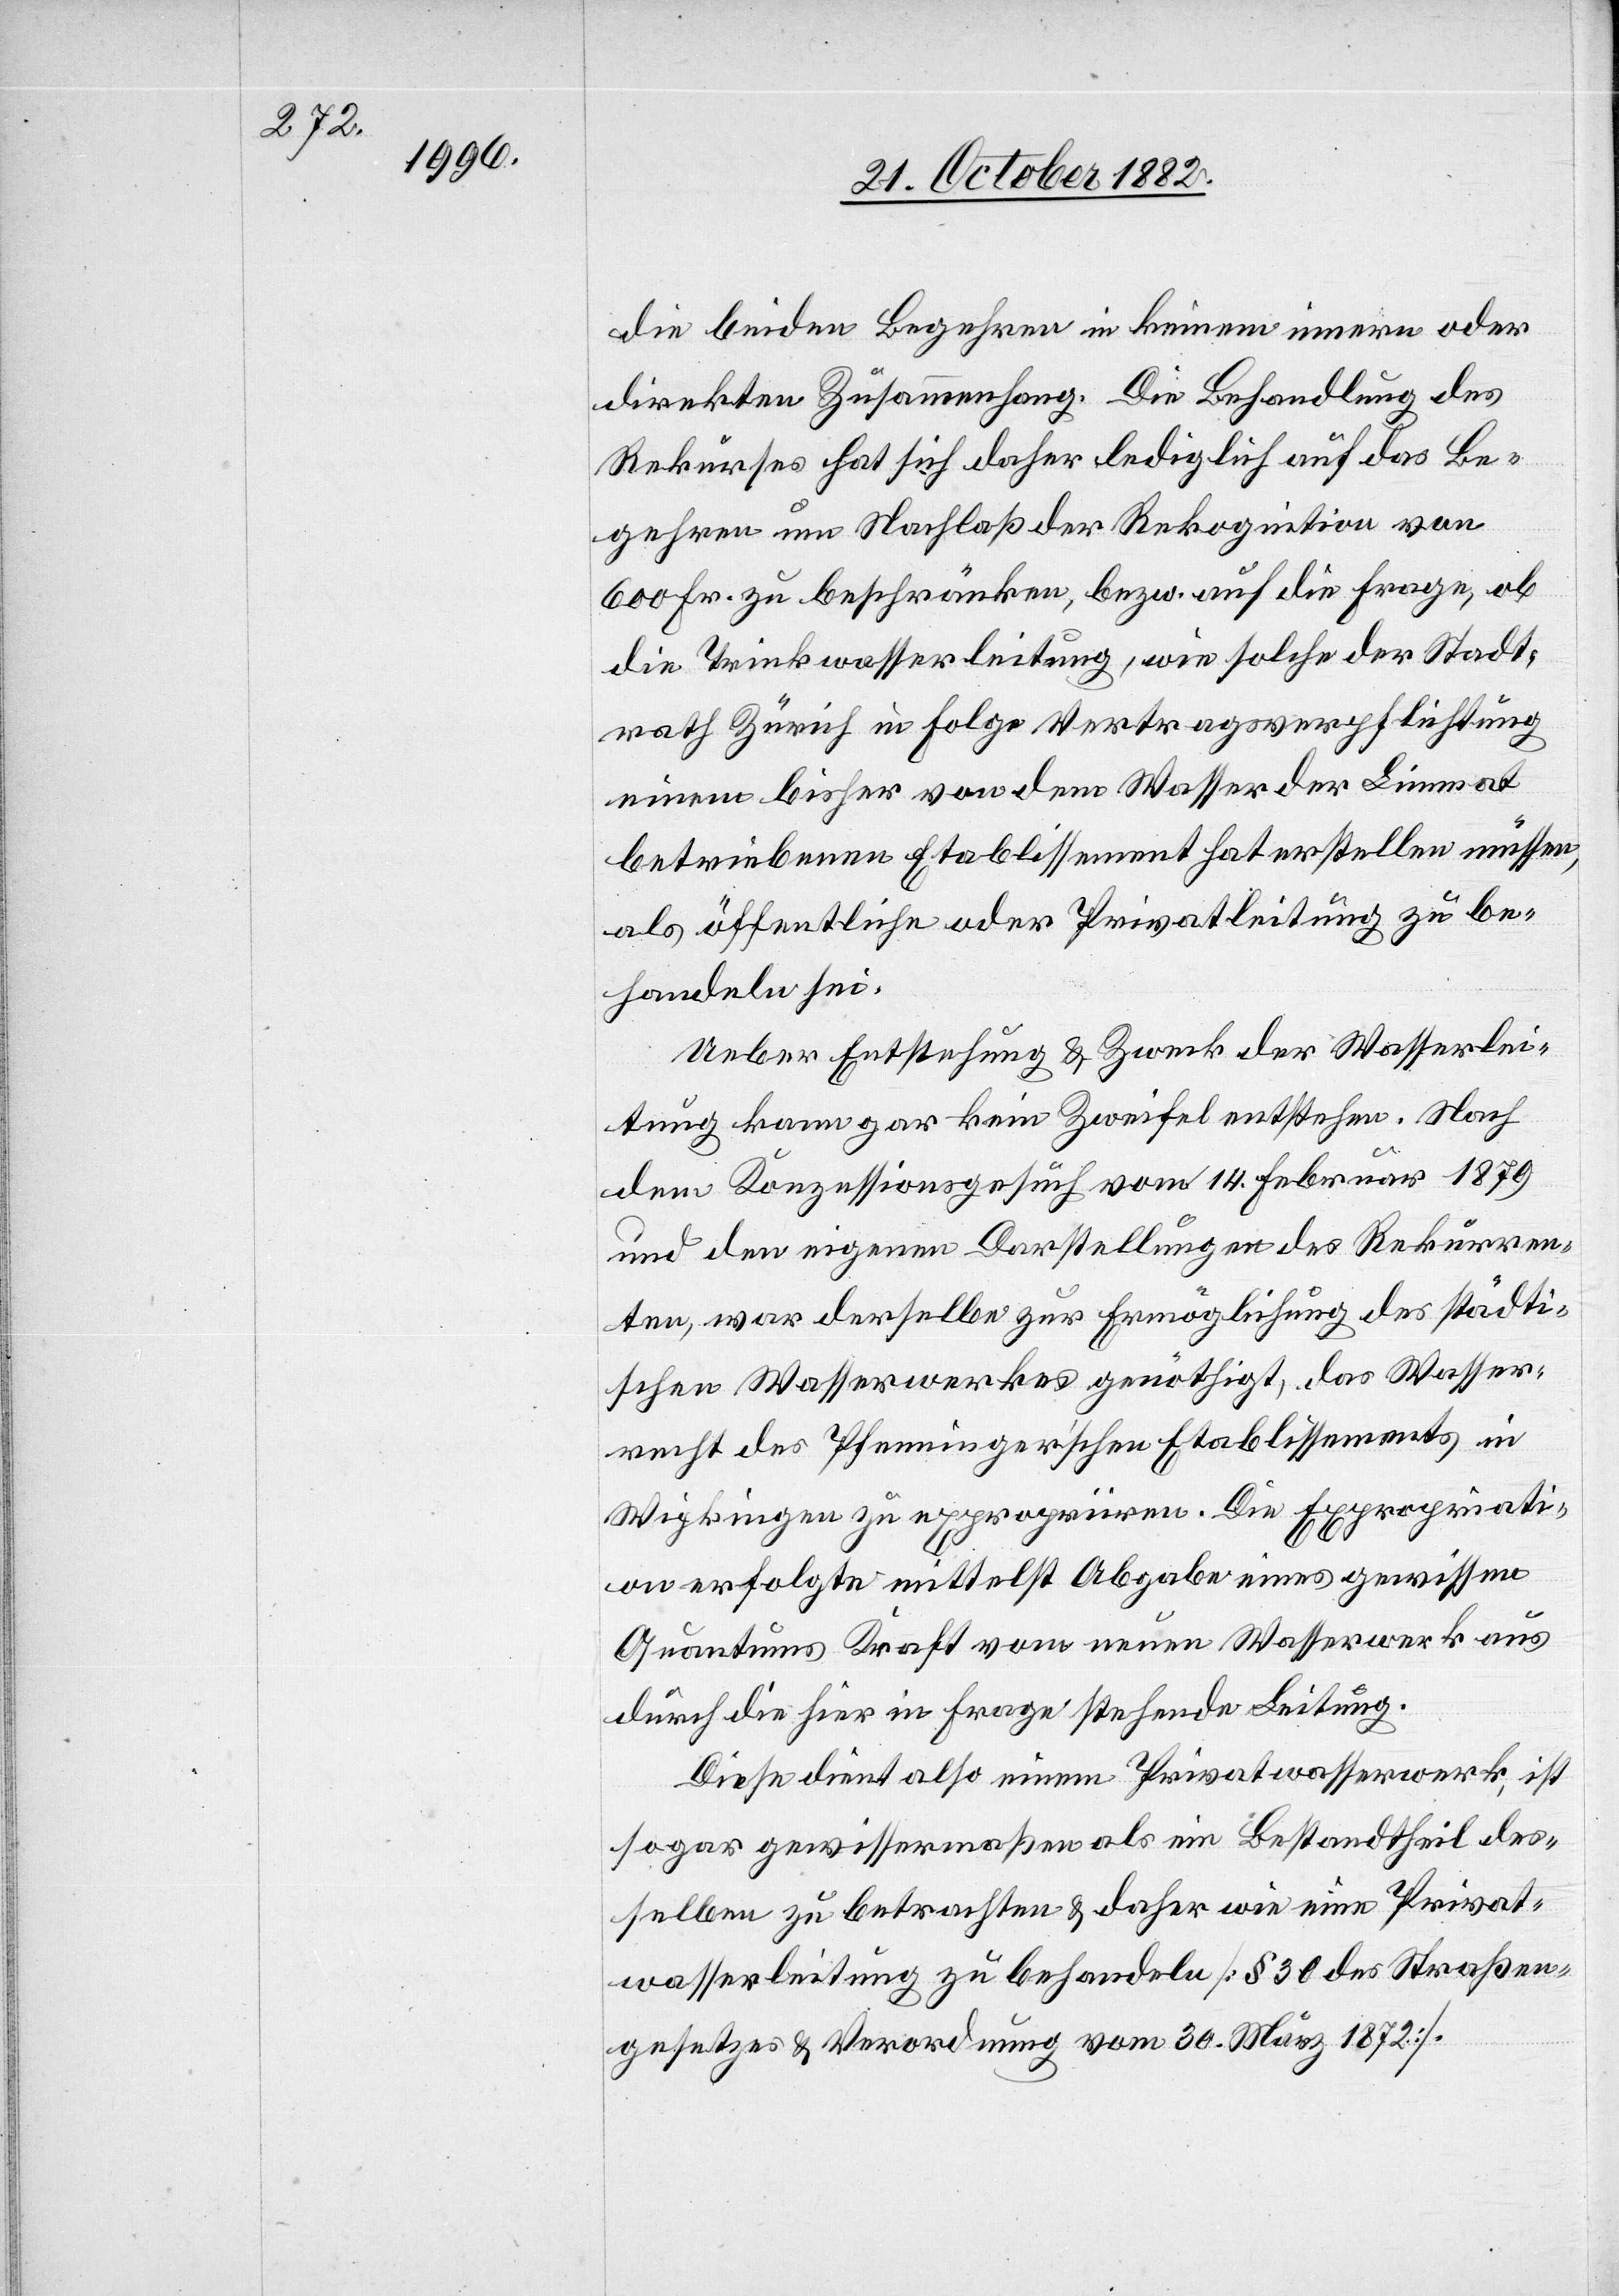
die beiden Begehren in keinem innern oder
direkten Zusammenhang. Die Behandlung des
Rekurses hat sich daher lediglich auf das Be¬
gehren um Nachlaß der Rekognition von
600 Fr. zu beschränken, bezw. auf die Frage, ob
die Trinkwasserleitung [sic!], wie [eine] solche der Stadt¬
rath Zürich in Folge Vertragsverpflichtung
einem bisher von dem Wasser der Limmat
betriebenen Etablissement hat erstellen müssen,
als öffentliche oder Privatleitung zu be¬
handeln sei.
Ueber Entstehung & Zweck der Wasserlei¬
tung kann zwar kein Zweifel entstehen. Nach
dem Konzessionsgesuch vom 14. Februar 1879
und den eigenen Darstellungen des Rekurren¬
ten, war derselbe zur Ermöglichung des städti¬
schen Wasserwerkes genöthigt, das Wasser¬
recht des Pfenninger’schen Etablissements in
Wipkingen zu expropriiren. Die Expropriati¬
on erfolgte mittelst Abgabe eines gewissen
Quantums Kraft vom neuen Wasserwerk aus
durch die hier in Frage stehende Leitung.
Diese dient also einem Privatwasserwerk, ist
sogar gewissermaßen als ein Bestandtheil des¬
selben zu betrachten & daher wie eine Privat¬
wasserleitung zu behandeln [§ 39 des Straßen¬
gesetzes & Verordnung vom 30. März 1872].